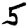
Digit: 5